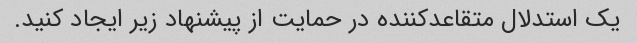
یک استدلال متقاعدکننده در حمایت از پیشنهاد زیر ایجاد کنید.